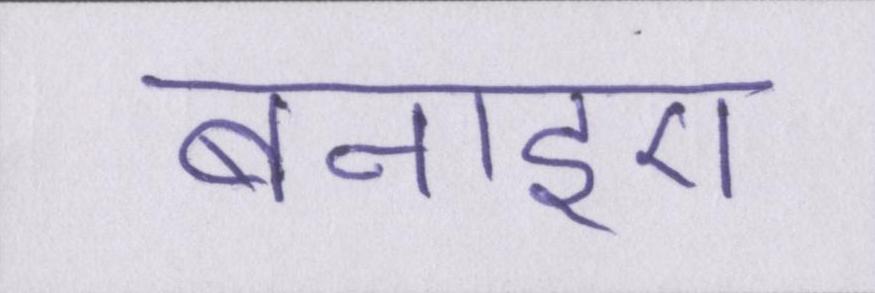
बनाइए।